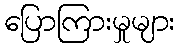
ပြောကြားမှုများ